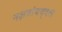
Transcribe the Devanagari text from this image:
नक्षत्रांबद्दल